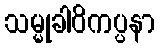
သမ္မုခါဝိကပ္ပနာ